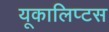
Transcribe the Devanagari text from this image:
यूकालिप्टस